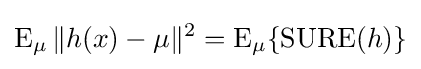
\operatorname {E} _{\mu }\|h(x)-\mu \|^{2}=\operatorname {E} _{\mu }\{\operatorname {SURE} (h)\}